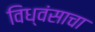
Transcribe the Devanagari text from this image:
विध्वंसाचा